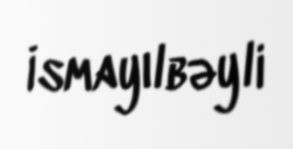
İsmayılbəyli